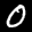
Label: 0